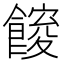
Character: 𮩋